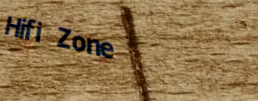
Hifi Zone